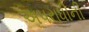
અપરાધીની